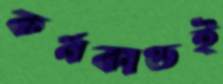
কর্মকাণ্ডই